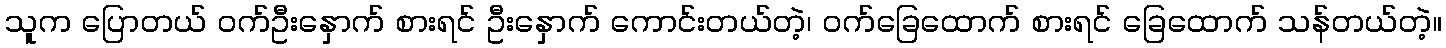
သူက ပြောတယ် ဝက်ဦးနှောက် စားရင် ဦးနှောက် ကောင်းတယ်တဲ့၊ ဝက်ခြေထောက် စားရင် ခြေထောက် သန်တယ်တဲ့။